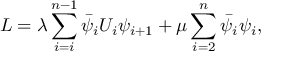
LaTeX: { \cal L } = \lambda \sum _ { i = i } ^ { n - 1 } \bar { \psi } _ { i } U _ { i } \psi _ { i + 1 } + \mu \sum _ { i = 2 } ^ { n } \bar { \psi } _ { i } \psi _ { i } ,